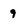
Character: 9